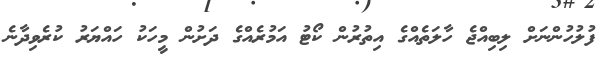
ފުލުހުންނަށް ލިބިއްޖެ ހާލަތެއްގެ އިތުރުން ކޯޓު އަމުރެއްގެ ދަށުން މީހަކު ހައްޔަރު ކުރެވިދާނެ